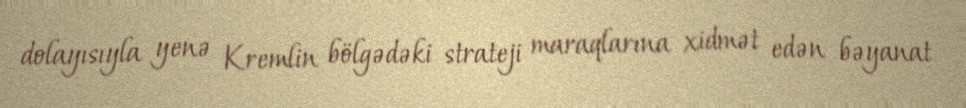
dolayısıyla yenə Kremlin bölgədəki strateji maraqlarına xidmət edən bəyanat